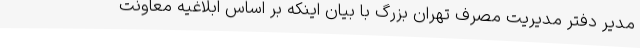
مدیر دفتر مدیریت مصرف تهران بزرگ با بیان اینکه بر اساس ابلاغیه معاونت